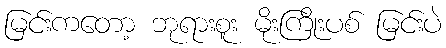
မြင်းကတော့ ဘုရားစူး မိုးကြိုးပစ် မြင်းပဲ